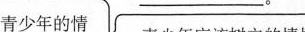
青少年的情____。